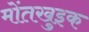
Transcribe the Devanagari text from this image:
मोंतखुइक